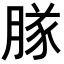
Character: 𬛊